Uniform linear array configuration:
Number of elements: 8
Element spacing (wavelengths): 1
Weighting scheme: exponential
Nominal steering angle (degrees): -60
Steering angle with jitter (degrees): -60.093
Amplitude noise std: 0.05
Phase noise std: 0.05

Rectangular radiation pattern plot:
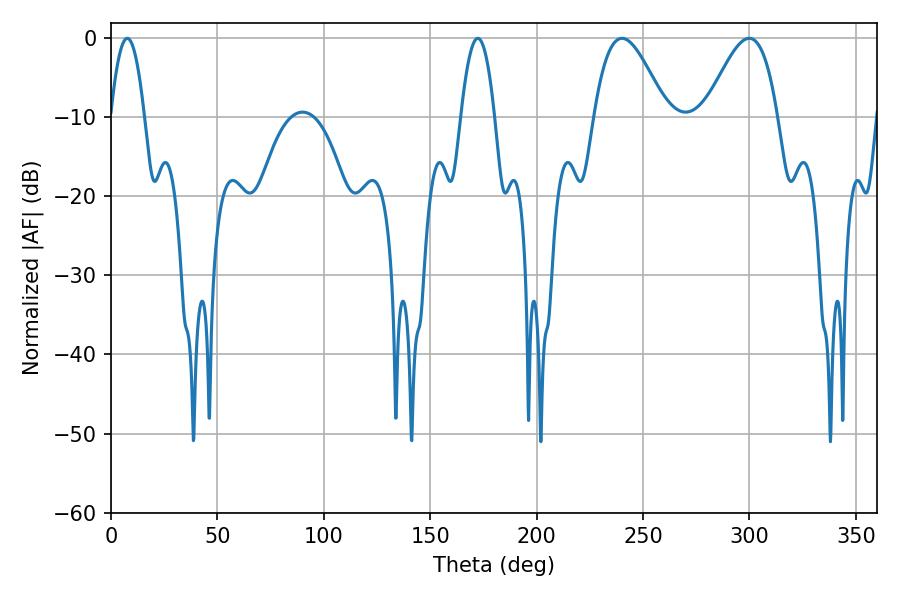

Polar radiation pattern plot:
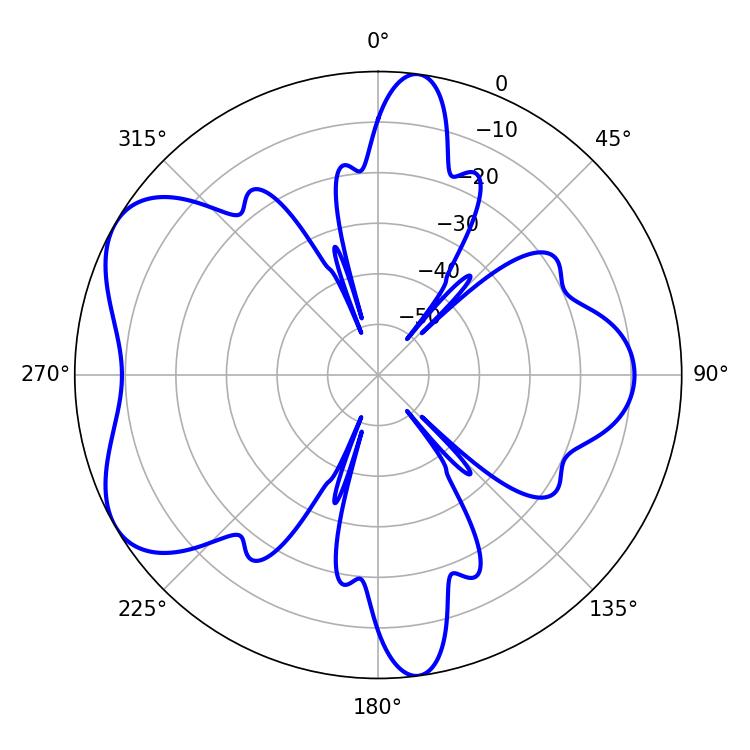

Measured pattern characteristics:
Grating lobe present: TRUE
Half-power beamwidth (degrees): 18.18
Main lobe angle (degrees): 240.12